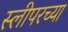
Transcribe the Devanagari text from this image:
स्लीपरच्या